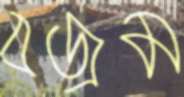
বজ্রম